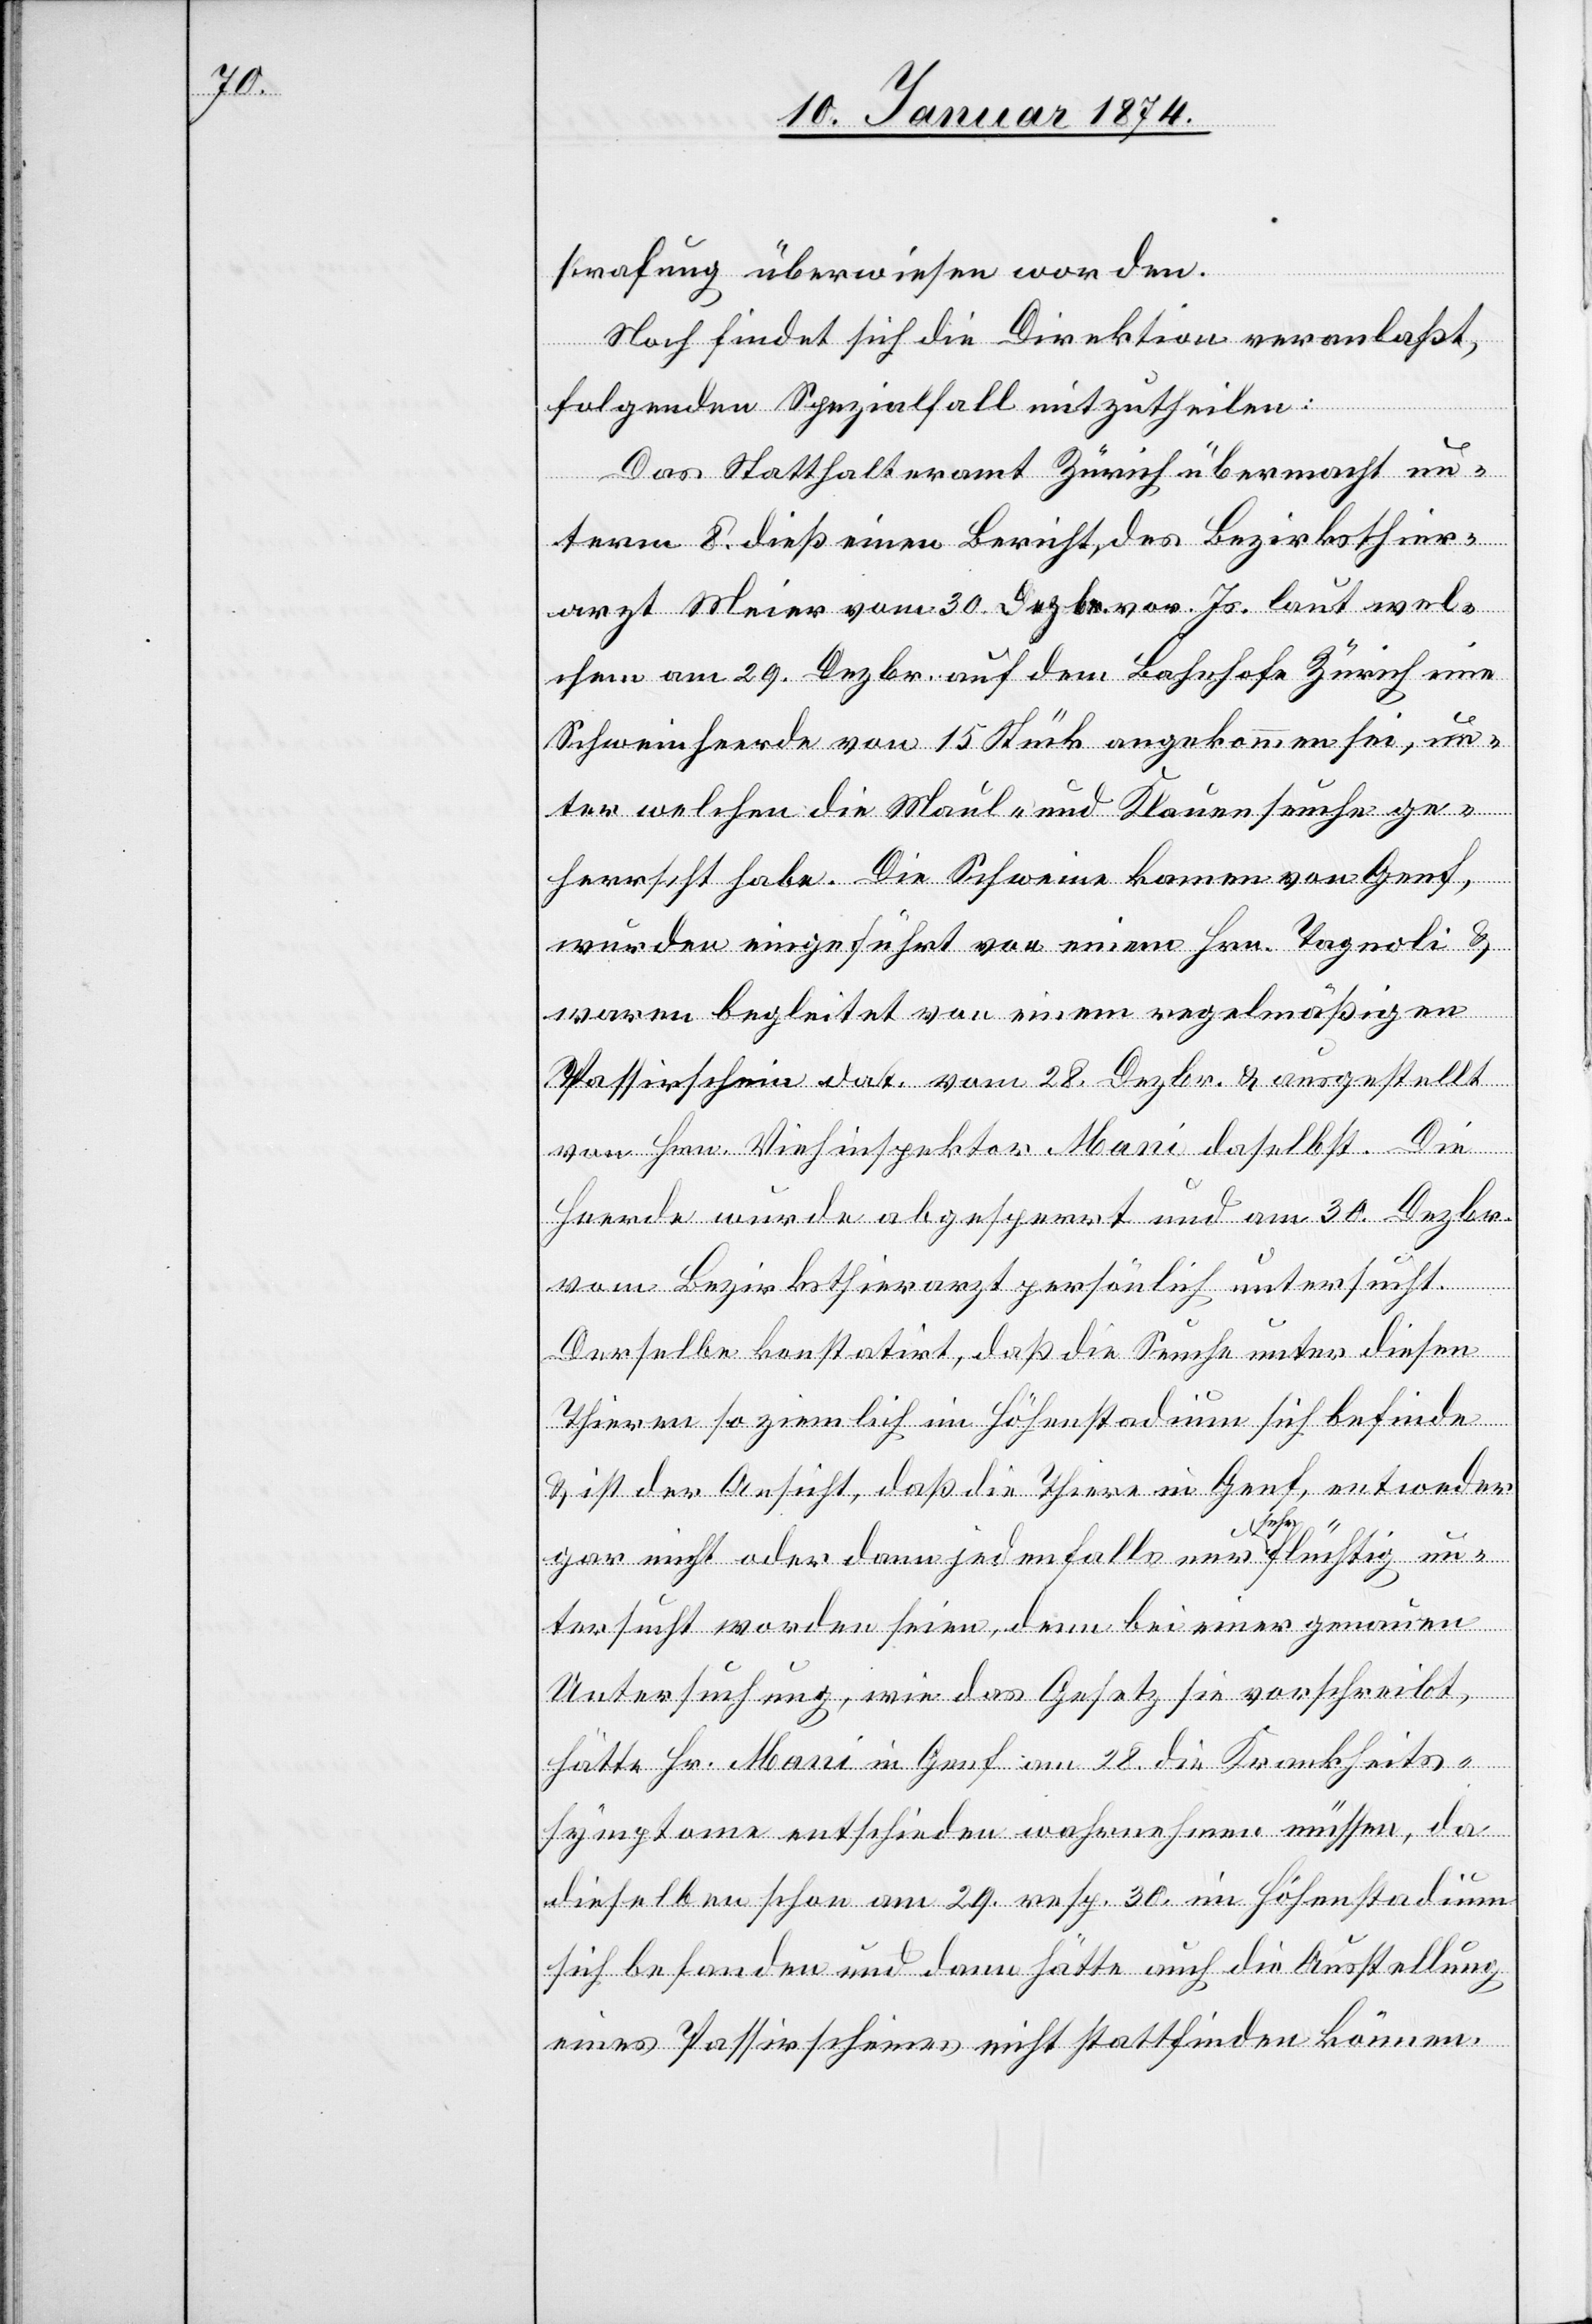
strafung überwiesen worden.
Noch findet sich die Direktion veranlaßt,
folgenden Spezialfall mitzutheilen:
Das Statthalteramt Zürich übermacht un¬
term 8. dieß einen Bericht des Bezirksthier¬
arzt Meier vom 30. Dezbr. vor. Js. laut wel¬
chem am 29. Dezbr. auf dem Bahnhofe Zürich eine
Schweinherde von 15 Stück angekommen sei, un¬
ter welchen die Maul- und Klauenseuche ge¬
herrscht habe. Die Schweine kamen von Genf,
wurden eingeführt von einem Hrn. Tagnoli &
waren begleitet von einem regelmäßigen
Passirschein dat. vom 28. Dezbr. & ausgestellt
von Hrn. Viehinspektor Mani daselbst. Die
Herde wurde abgesperrt und am 30. Dezbr.
vom Bezirksthierarzt persönlich untersucht.
Derselbe konstatirt, daß die Seuche unter diesen
Thieren so ziemlich im Höhenstadium sich befinde
& ist der Ansicht, daß die Thiere in Genf, entweder
gar nicht oder dann jedenfalls nur sehr flüchtig un¬
tersucht worden seien, denn bei einer genauen
Untersuchung, wie das Gesetz sie vorschreibt,
hätte Hr. Mani in Genf am 28. die Krankheits¬
symptome entschieden wahrnehmen müssen, da
dieselben schon am 29. resp. 30. im Höhenstadium
sich befanden und dann hätte auch die Ausstellung
eines Passirscheines nicht stattfinden können.